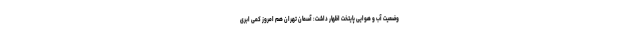
وضعیت آب و هوایی پایتخت اظهار داشت: آسمان تهران هم امروز کمی ابری